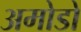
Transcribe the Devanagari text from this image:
अमोडो